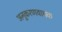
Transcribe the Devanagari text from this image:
अनुकरणवाचक